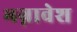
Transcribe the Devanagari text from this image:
भग्नावेश